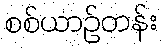
စစ်ယာဉ်တန်း